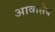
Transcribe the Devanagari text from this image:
आवासेय